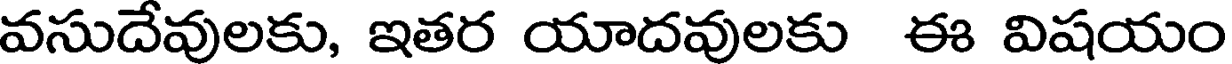
వసుదేవులకు, ఇతర యాదవులకు ఈ విషయం